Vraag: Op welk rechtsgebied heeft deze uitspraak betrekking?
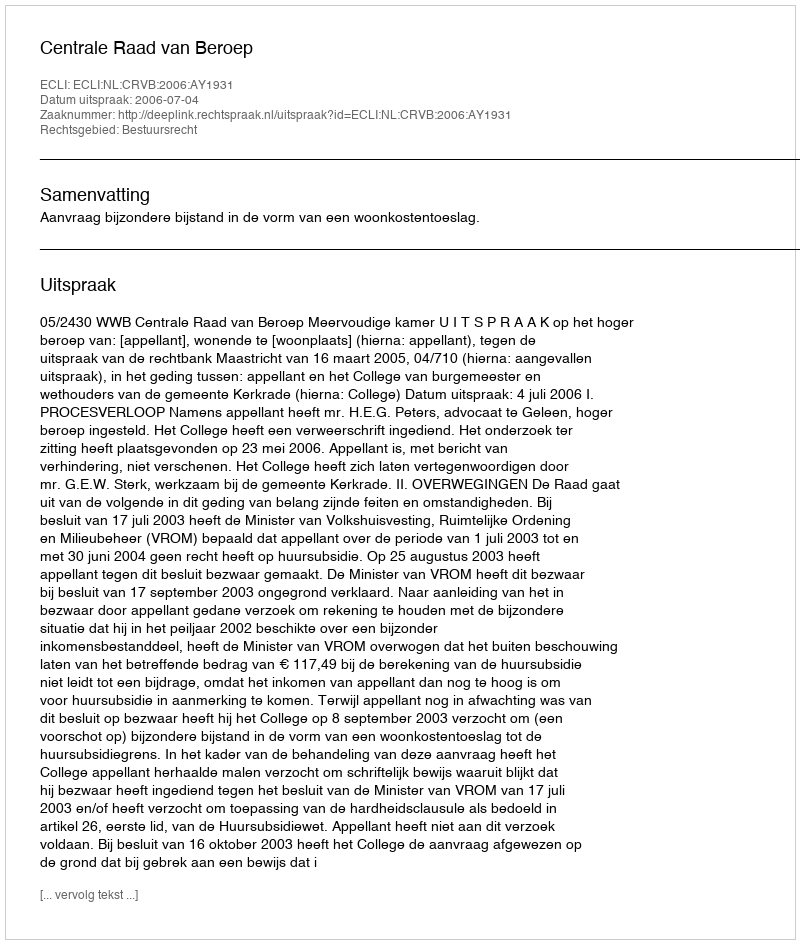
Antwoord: Bestuursrecht